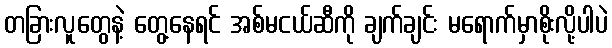
တခြားလူတွေနဲ့ တွေ့နေရင် အစ်မငယ်ဆီကို ချက်ချင်း မရောက်မှာစိုးလို့ပါပဲ